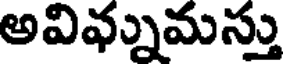
అవివ్నమస్తు